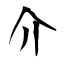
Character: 介